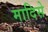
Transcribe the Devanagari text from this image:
मादिसे